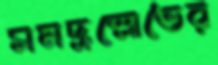
সমদ্রস্রোতের